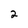
Character: 2